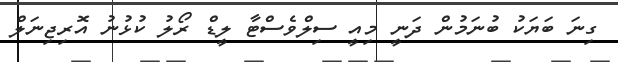
ގިނަ ބަޔަކު ބުނަމުން ދަނީ މިއީ ސިލްވެސްޓާ ލީޑް ރޯލު ކުޅުނު އޮރިޖިނަލް